画像に写った文字を読んでください
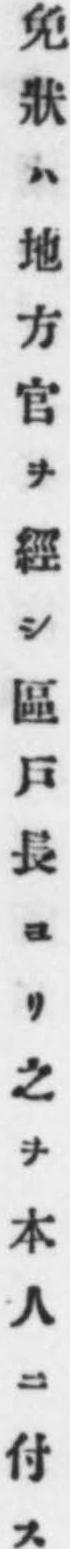
「免狀ハ地方官ヲ經シ區戶長ヨリ之ヲ本人ニ付ス」と書いてあります